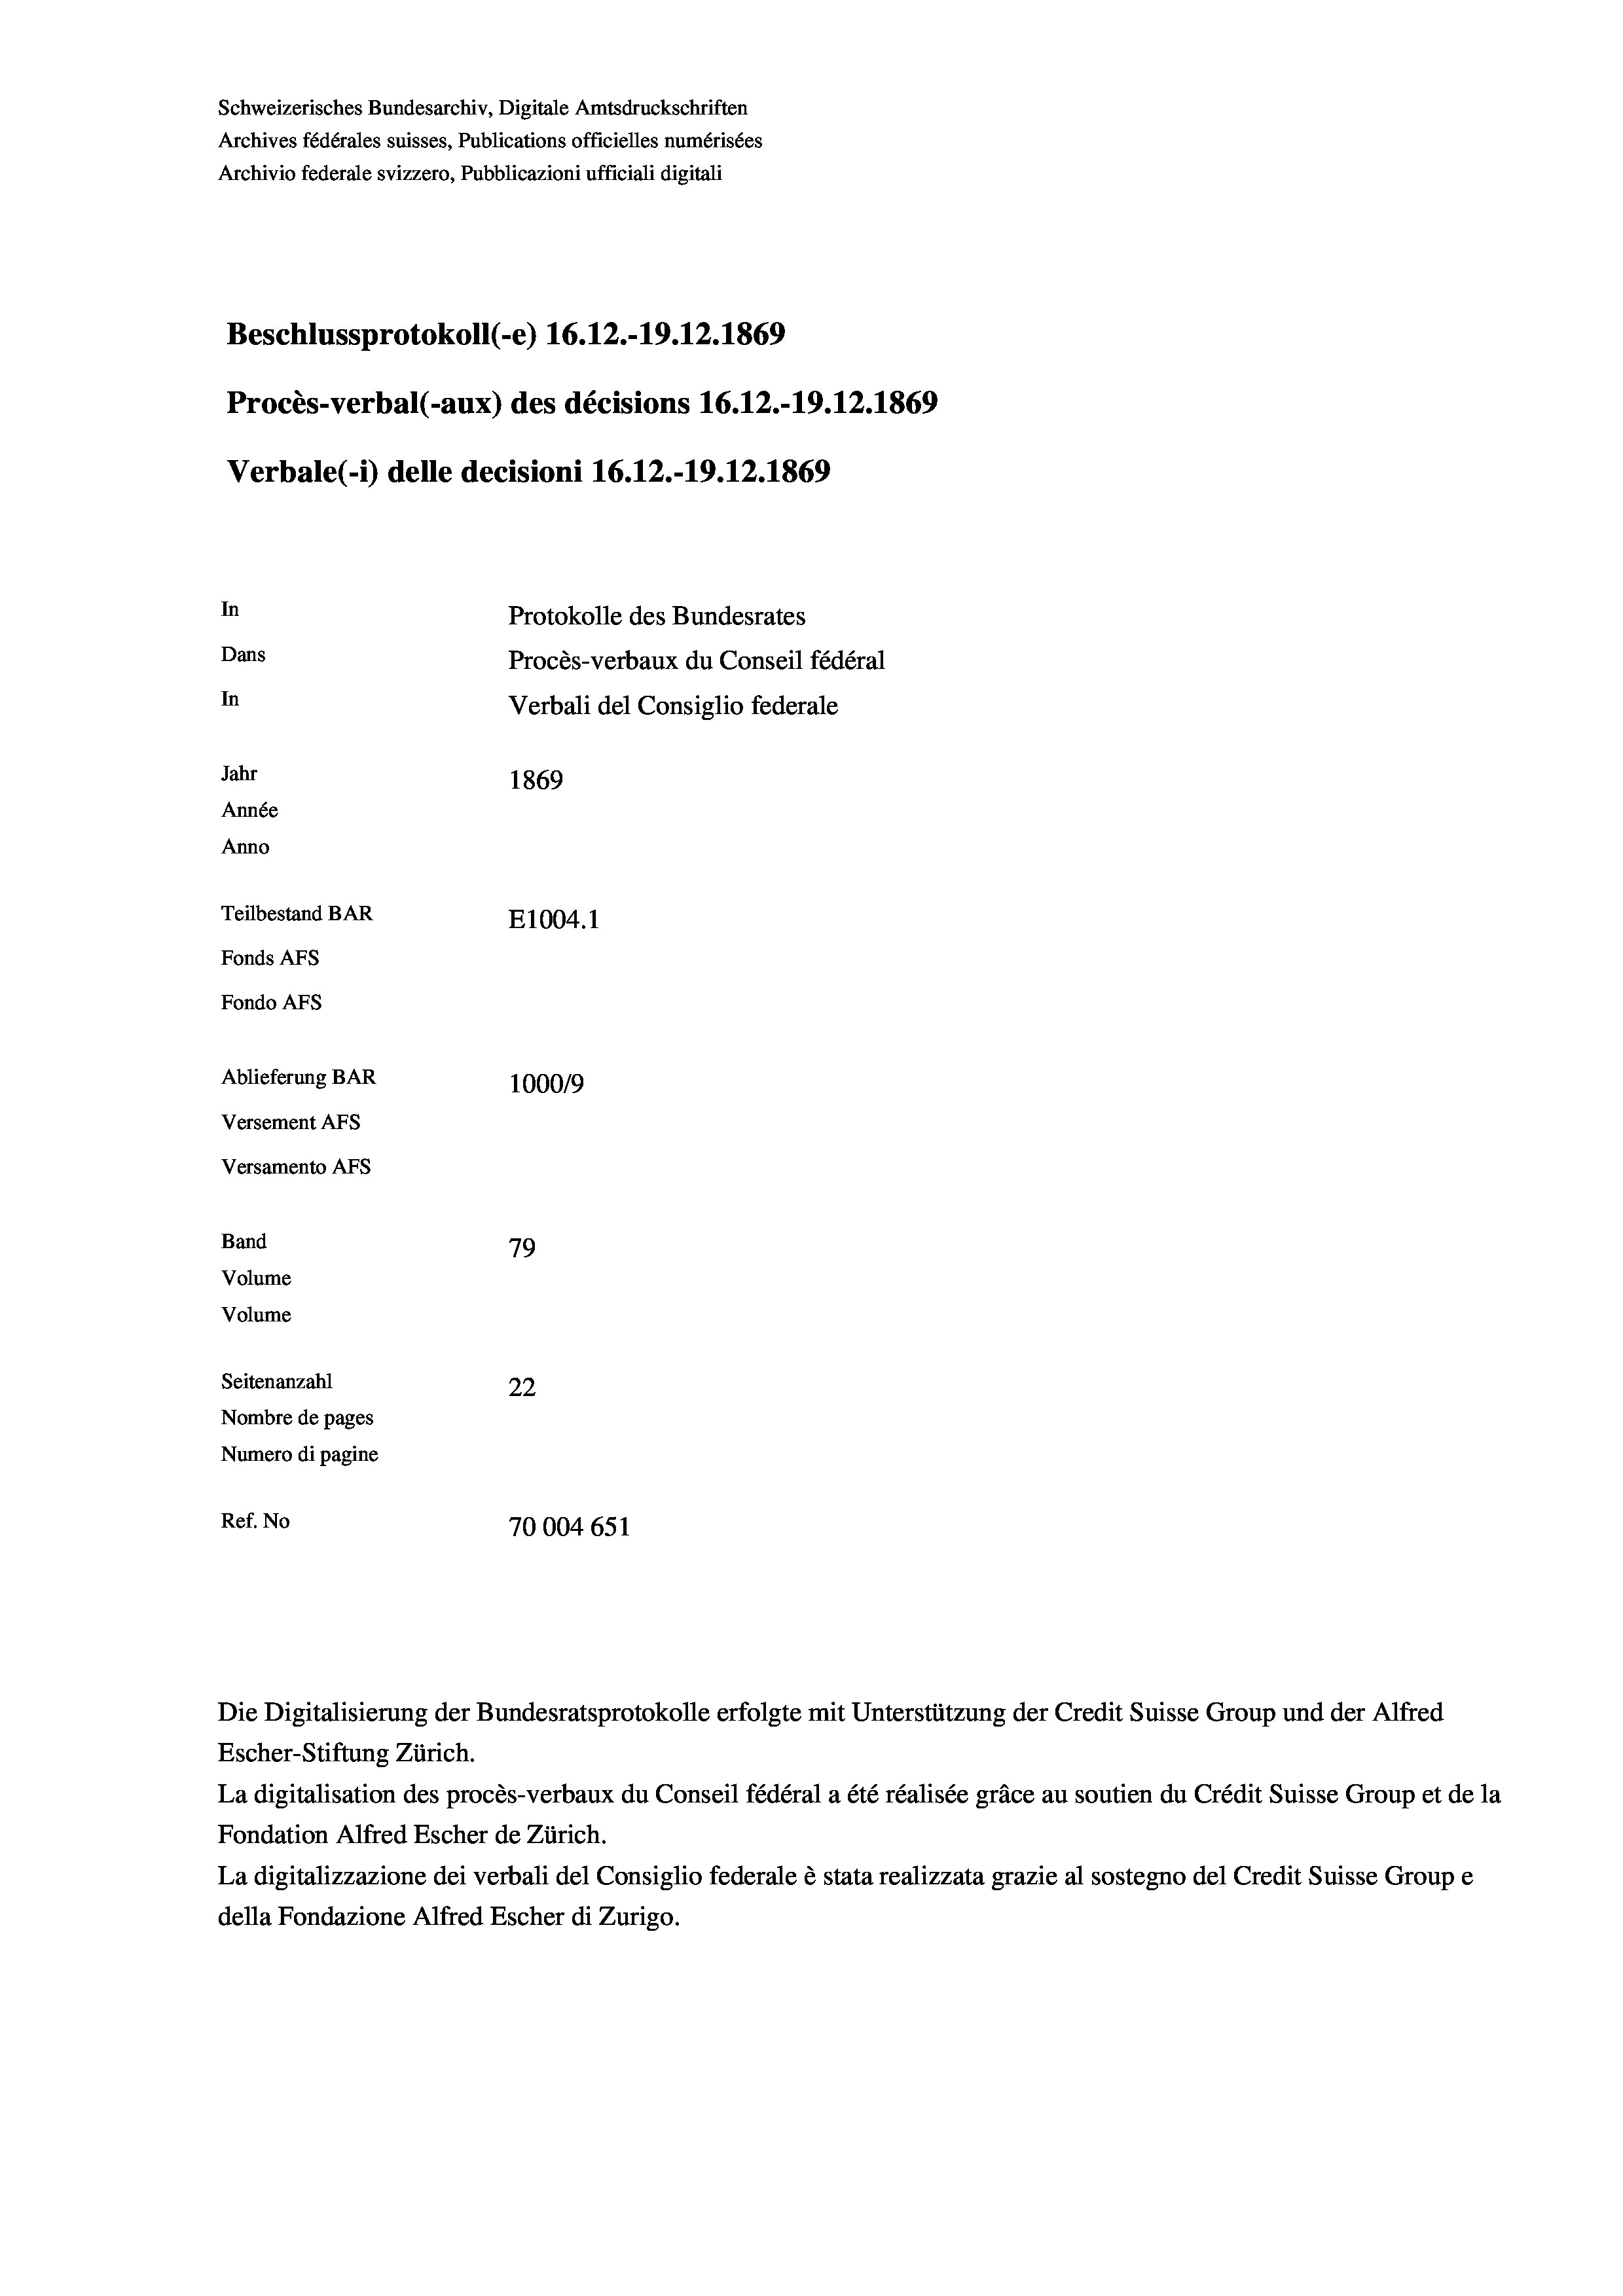
Schweizerisches Bundesarchiv, Digitale Amtsdruckschriften
Archives fédérales suisses, Publications officielles numérisées
Archivio federale svizzero, Pubblicazioni ufficiali digitali
Beschlussprotokoll (-e) 16.12.-19.12.1869
Procès-verbal (-aux) des décisions 16.12.-19.12.1869
Verbale(-*) delle decisioni 16.12.-19.12.1869
In
Protokolle des Bundesrates
Dans
Procès-verbaux du Conseil fédéral
In
Verbali del Consiglio federale
Jahr
1869
Année
Anno
Teilbestand BAR
E1004.1
Fonds AFs
Fondo AFs
Ablieferung BAR
1000/9
Versement As
Versamento AFs
Band
79
Volume
Volume
Seitenanzahl
22
Nombre de pages
Numero di pagine
Ref. No
70004 651

Escher-Stiftung Zürich.
La digitalisation des procès-verbaux du Conseil fédéral a été réalisée gräce au soutien du Crédit Suisse Group et de la
Fondation Alfred Escher de Zürich.
La digitalizzazione dei verbali del Consiglio federale è stata realizzata grazie al sostegno del Credit Suisse Groupe
della Fondazione Alfred Escher di Zurigo.

Die Digitalisierung der Bundesratsprotokolle erfolgte mit Unterstützung der Credit Suisse Group und der Alfred